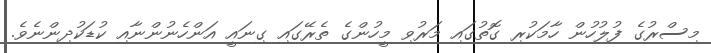
މިސްރުގެ ފުލުހުން ހާމަކުރި ގޮތުގައި މަރުވި މީހުންގެ ތެރޭގައި ގިނައީ އަންހެނުންނާއި ކުޑަކުދިންނެވެ.